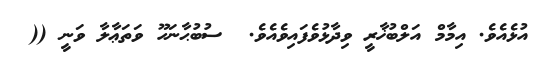
އުޅެއެވެ. އިމާމް އަލްބުޚާރީ ވިދާޅުވެފައިވެއެވެ.  ސުބުޙާނަހޫ ވަތަޢާލާ ވަނީ ((